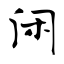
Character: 闲